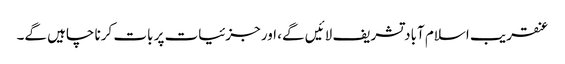
عنقریب اسلام آباد تشریف لائیں گے، اور جزئیات پر بات کرنا چاہیں گے۔